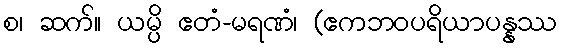
စ၊ ဆက်။ ယမ္ပိ ဧတံ-မရဏံ၊ (ဧကဘဝပရိယာပန္နဿ